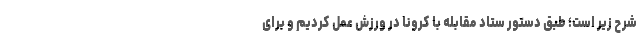
شرح زیر است؛ طبق دستور ستاد مقابله با کرونا در ورزش عمل کردیم و برای